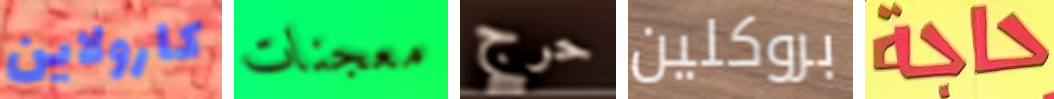
كارولاين معجنات حرج بروكلين حاجة